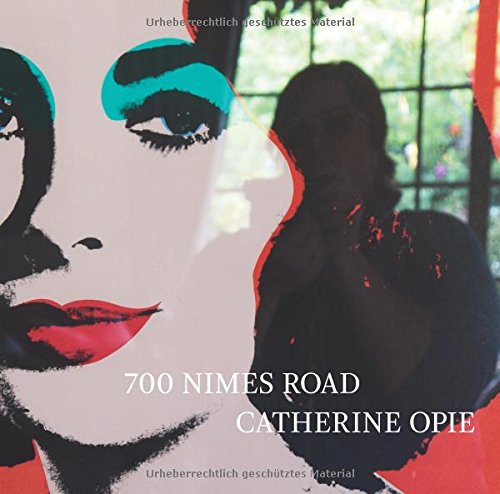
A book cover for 700 Nimes Road; Catherine Opie; Arts & Photography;